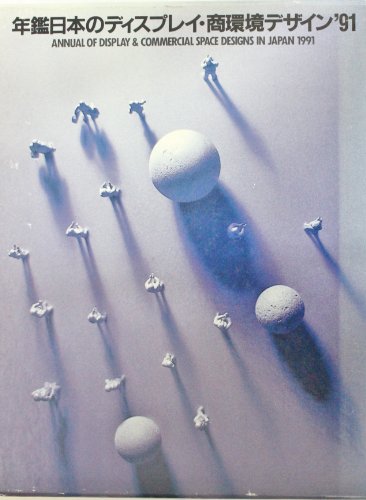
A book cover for Display and Commercial Space Designs in Japan: 18 (Display & Commercial Space Design) (English and Japanese Edition); Business & Money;